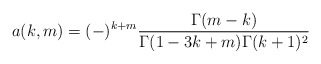
\begin{align*}a(k,m)=(-)^{k+m}\frac{\Gamma(m-k)}{\Gamma(1-3k+m)\Gamma(k+1)^2}\end{align*}